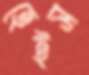
হেইস